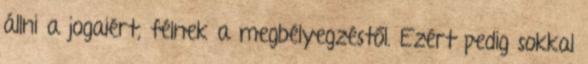
állni a jogaiért, félnek a megbélyegzéstől. Ezért pedig sokkal